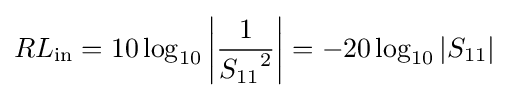
RL_{\mathrm {in} }=10\log _{10}\left|{\frac {1}{{S_{11}}^{2}}}\right|=-20\log _{10}\left|S_{11}\right|